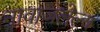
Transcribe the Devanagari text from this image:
नावाजलेल्य